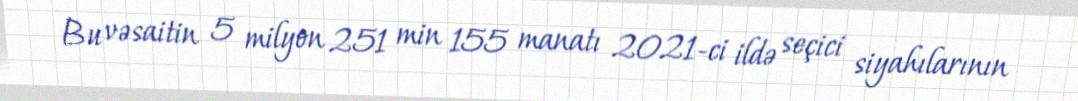
Bu vəsaitin 5 milyon 251 min 155 manatı 2021-ci ildə seçici siyahılarının